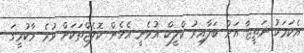
އެކަމަކު ނަތީޖާ އަށް ބަލާއިރު ކްލީކް އުޅެނީ އެހެން ކޮލެޖްތަކަށް ވުރެ މާކުރީގަ